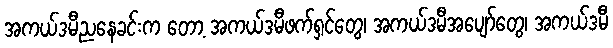
အကယ်ဒမီညနေခင်းက တော့ အကယ်ဒမီဖက်ရှင်တွေ၊ အကယ်ဒမီအပျော်တွေ၊ အကယ်ဒမီ